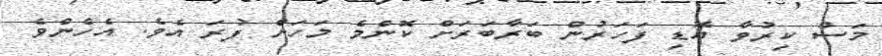
މަސް ކިރުވާ އޮޑި ފަހަރުން ބަރާބަރަށް ކޮންމެ މަހަށް ފުރަ އެވެ. އެހެންވެ